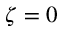
\zeta = 0